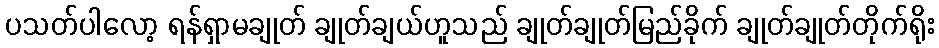
ပသတ်ပါလော့ ရန်ရှာမချုတ် ချုတ်ချယ်ဟူသည် ချုတ်ချုတ်မြည်ခိုက် ချုတ်ချုတ်တိုက်ရိုး